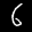
Label: 6